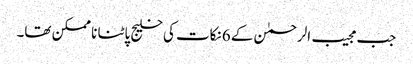
جب مجیب الرحمٰن کے 6نکات کی خلیج پاٹنا نا ممکن تھا۔